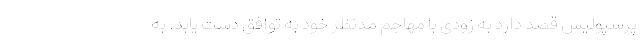
پرسپولیس قصد دارد به زودی با مهاجم مدنظر خود به توافق دست یابد. به